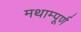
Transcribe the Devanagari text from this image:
मथाम्पूर्ण